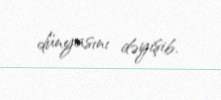
dünyasını dəyişib.